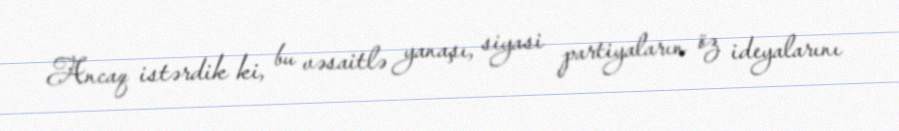
Ancaq istərdik ki, bu vəsaitlə yanaşı, siyasi partiyaların öz ideyalarını